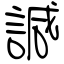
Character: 諴